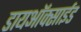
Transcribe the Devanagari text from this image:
डायअाॅक्साईड